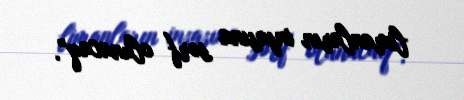
limanların inşasına sərf olunacaq”.